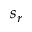
s _ { r }